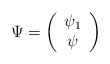
\begin{align*}\Psi = \left(\begin{array}{c}\psi_{1}\\\psi\end{array}\right)\end{align*}